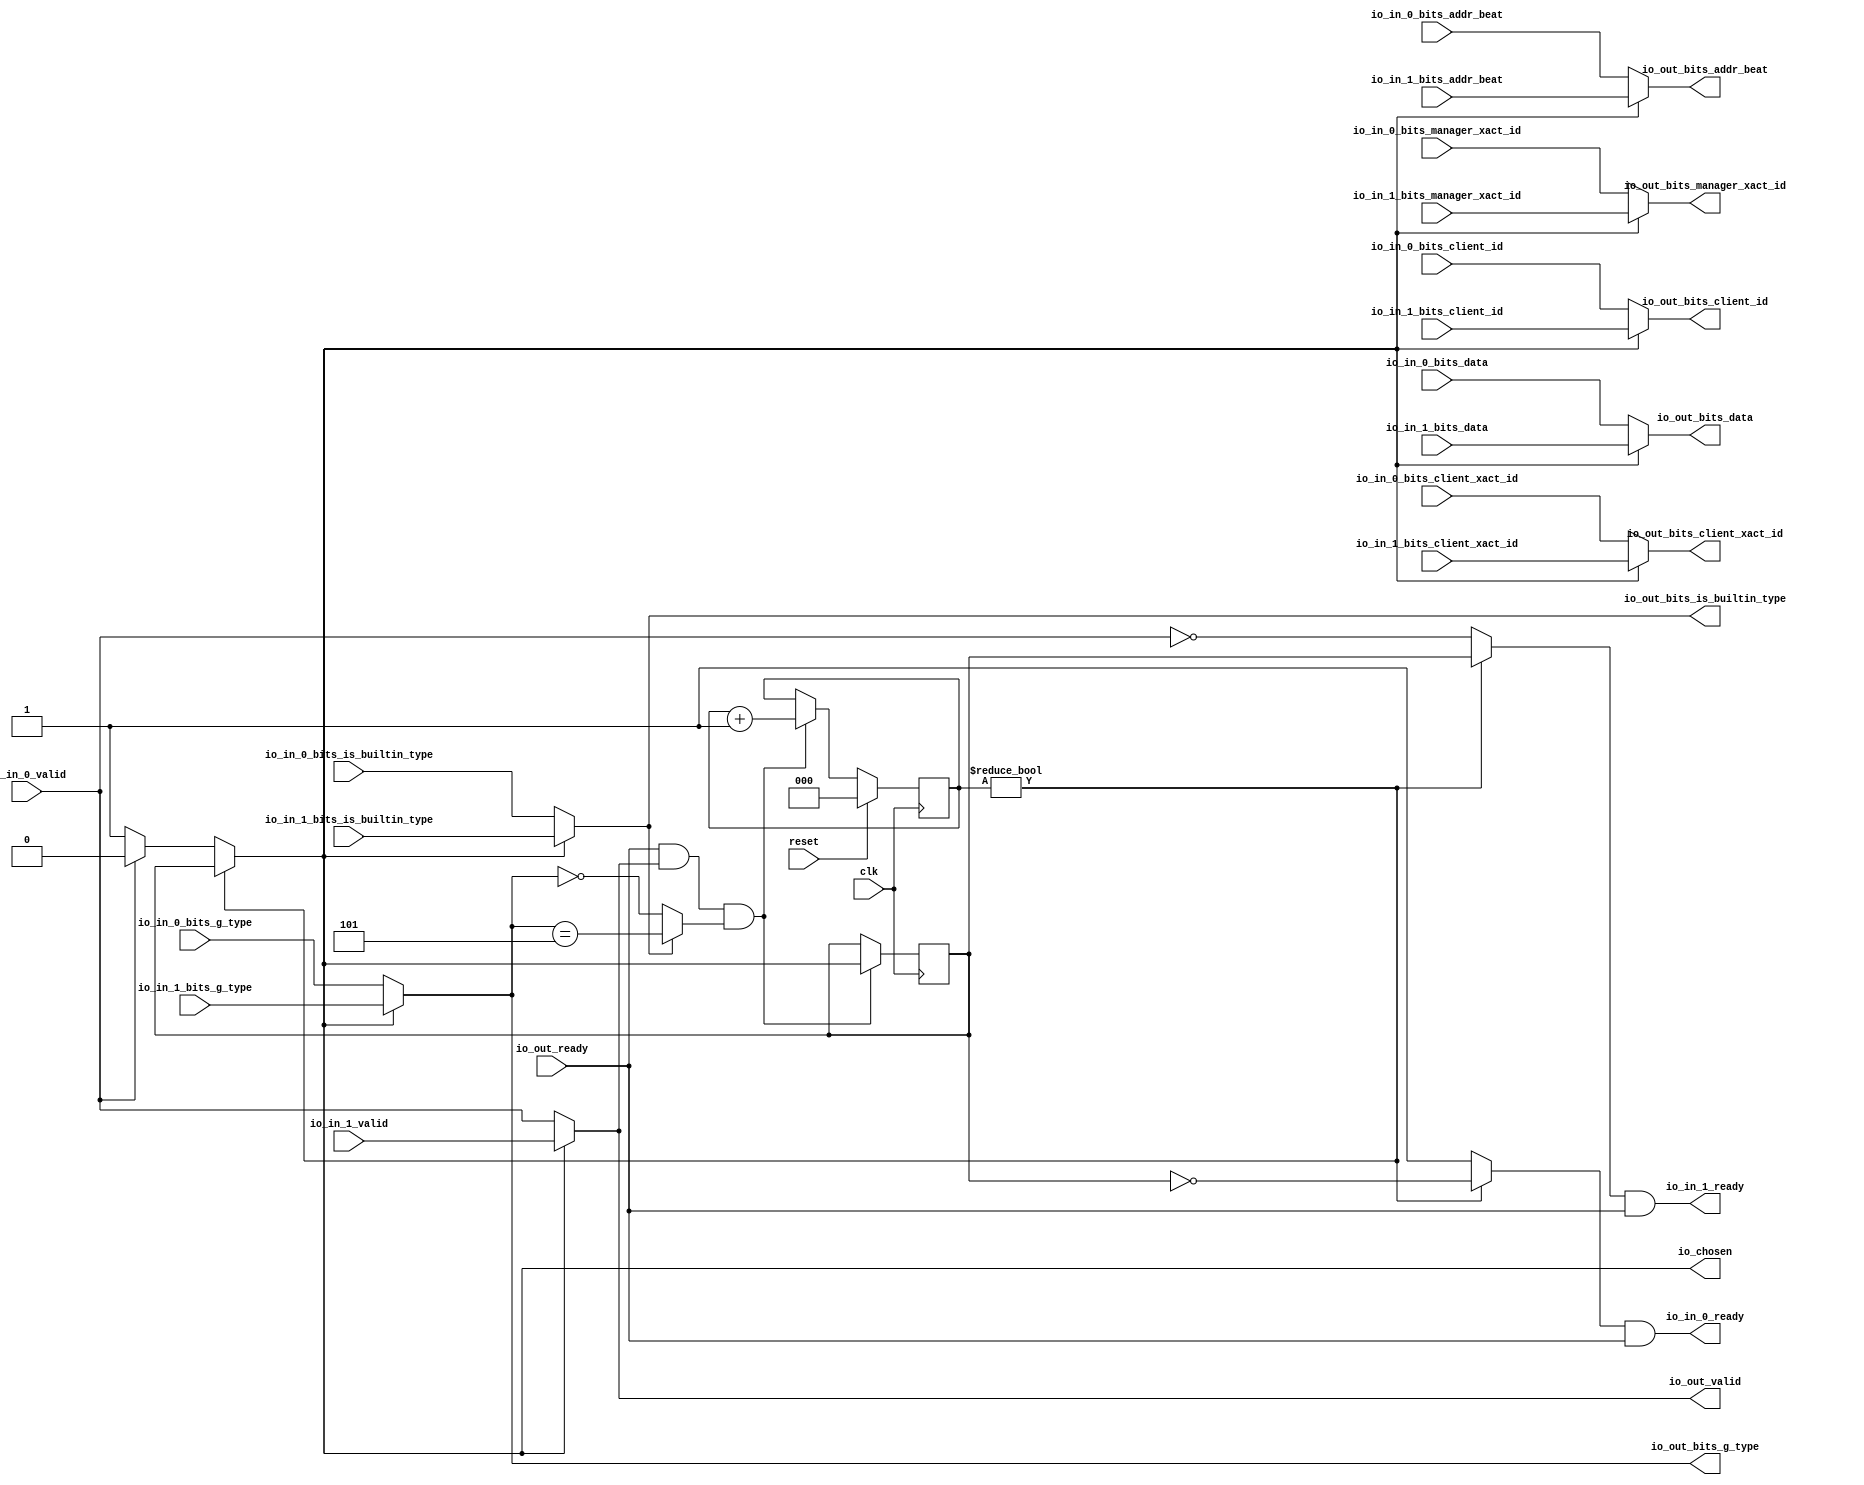
module LockingArbiter_1(
  input   clk,
  input   reset,
  output  io_in_0_ready,
  input   io_in_0_valid,
  input  [2:0] io_in_0_bits_addr_beat,
  input  [1:0] io_in_0_bits_client_xact_id,
  input   io_in_0_bits_manager_xact_id,
  input   io_in_0_bits_is_builtin_type,
  input  [3:0] io_in_0_bits_g_type,
  input  [63:0] io_in_0_bits_data,
  input   io_in_0_bits_client_id,
  output  io_in_1_ready,
  input   io_in_1_valid,
  input  [2:0] io_in_1_bits_addr_beat,
  input  [1:0] io_in_1_bits_client_xact_id,
  input   io_in_1_bits_manager_xact_id,
  input   io_in_1_bits_is_builtin_type,
  input  [3:0] io_in_1_bits_g_type,
  input  [63:0] io_in_1_bits_data,
  input   io_in_1_bits_client_id,
  input   io_out_ready,
  output  io_out_valid,
  output [2:0] io_out_bits_addr_beat,
  output [1:0] io_out_bits_client_xact_id,
  output  io_out_bits_manager_xact_id,
  output  io_out_bits_is_builtin_type,
  output [3:0] io_out_bits_g_type,
  output [63:0] io_out_bits_data,
  output  io_out_bits_client_id,
  output  io_chosen
);
  wire  choice;
  wire  GEN_0;
  wire  GEN_8;
  wire [2:0] GEN_1;
  wire [2:0] GEN_9;
  wire [1:0] GEN_2;
  wire [1:0] GEN_10;
  wire  GEN_3;
  wire  GEN_11;
  wire  GEN_4;
  wire  GEN_12;
  wire [3:0] GEN_5;
  wire [3:0] GEN_13;
  wire [63:0] GEN_6;
  wire [63:0] GEN_14;
  wire  GEN_7;
  wire  GEN_15;
  reg [2:0] T_636;
  reg [31:0] GEN_21;
  reg  T_638;
  reg [31:0] GEN_22;
  wire  T_640;
  wire [2:0] T_648_0;
  wire [3:0] GEN_20;
  wire  T_650;
  wire  T_651;
  wire  T_652;
  wire  T_654;
  wire  T_655;
  wire [3:0] T_659;
  wire [2:0] T_660;
  wire  GEN_16;
  wire [2:0] GEN_17;
  wire  GEN_18;
  wire  T_663;
  wire  T_665;
  wire  T_666;
  wire  T_667;
  wire  T_670;
  wire  T_671;
  wire  GEN_19;
  assign io_in_0_ready = T_667;
  assign io_in_1_ready = T_671;
  assign io_out_valid = GEN_0;
  assign io_out_bits_addr_beat = GEN_1;
  assign io_out_bits_client_xact_id = GEN_2;
  assign io_out_bits_manager_xact_id = GEN_3;
  assign io_out_bits_is_builtin_type = GEN_4;
  assign io_out_bits_g_type = GEN_5;
  assign io_out_bits_data = GEN_6;
  assign io_out_bits_client_id = GEN_7;
  assign io_chosen = GEN_18;
  assign choice = GEN_19;
  assign GEN_0 = GEN_8;
  assign GEN_8 = io_chosen ? io_in_1_valid : io_in_0_valid;
  assign GEN_1 = GEN_9;
  assign GEN_9 = io_chosen ? io_in_1_bits_addr_beat : io_in_0_bits_addr_beat;
  assign GEN_2 = GEN_10;
  assign GEN_10 = io_chosen ? io_in_1_bits_client_xact_id : io_in_0_bits_client_xact_id;
  assign GEN_3 = GEN_11;
  assign GEN_11 = io_chosen ? io_in_1_bits_manager_xact_id : io_in_0_bits_manager_xact_id;
  assign GEN_4 = GEN_12;
  assign GEN_12 = io_chosen ? io_in_1_bits_is_builtin_type : io_in_0_bits_is_builtin_type;
  assign GEN_5 = GEN_13;
  assign GEN_13 = io_chosen ? io_in_1_bits_g_type : io_in_0_bits_g_type;
  assign GEN_6 = GEN_14;
  assign GEN_14 = io_chosen ? io_in_1_bits_data : io_in_0_bits_data;
  assign GEN_7 = GEN_15;
  assign GEN_15 = io_chosen ? io_in_1_bits_client_id : io_in_0_bits_client_id;
  assign T_640 = T_636 != 3'h0;
  assign T_648_0 = 3'h5;
  assign GEN_20 = {{1'd0}, T_648_0};
  assign T_650 = io_out_bits_g_type == GEN_20;
  assign T_651 = io_out_bits_g_type == 4'h0;
  assign T_652 = io_out_bits_is_builtin_type ? T_650 : T_651;
  assign T_654 = io_out_ready & io_out_valid;
  assign T_655 = T_654 & T_652;
  assign T_659 = T_636 + 3'h1;
  assign T_660 = T_659[2:0];
  assign GEN_16 = T_655 ? io_chosen : T_638;
  assign GEN_17 = T_655 ? T_660 : T_636;
  assign GEN_18 = T_640 ? T_638 : choice;
  assign T_663 = io_in_0_valid == 1'h0;
  assign T_665 = T_638 == 1'h0;
  assign T_666 = T_640 ? T_665 : 1'h1;
  assign T_667 = T_666 & io_out_ready;
  assign T_670 = T_640 ? T_638 : T_663;
  assign T_671 = T_670 & io_out_ready;
  assign GEN_19 = io_in_0_valid ? 1'h0 : 1'h1;
`ifdef RANDOMIZE
  integer initvar;
  initial begin
    `ifndef verilator
      #0.002;
    `endif
  `ifdef RANDOMIZE
  GEN_21 = {1{$random}};
  T_636 = GEN_21[2:0];
  `endif
  `ifdef RANDOMIZE
  GEN_22 = {1{$random}};
  T_638 = GEN_22[0:0];
  `endif
  end
`endif
  always @(posedge clk) begin
    if(reset) begin
      T_636 <= 3'h0;
    end else begin
      if(T_655) begin
        T_636 <= T_660;
      end
    end
    if(1'h0) begin
    end else begin
      if(T_655) begin
        T_638 <= io_chosen;
      end
    end
  end
endmodule